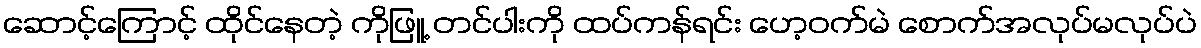
ဆောင့်ကြောင့် ထိုင်နေတဲ့ ကိုဖြူ့ တင်ပါးကို ထပ်ကန်ရင်း ဟေ့ဝက်မဲ စောက်အလုပ်မလုပ်ပဲ